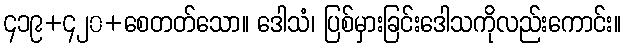
၄၁၉+၄၂၀+စေတတ်သော။ ဒေါသံ၊ ပြစ်မှားခြင်းဒေါသကိုလည်းကောင်း။